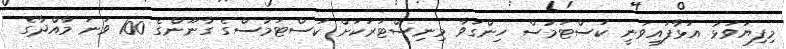
މިފިޔަވަޅު އަޅާފައިވަނީ ކަސްޓަމުސް ހިންގަވާ މިނިސްޓަރަކަށް ކަސްޓަމުސްގެ ގާނޫންގެ 100 ވަނަ މާއްދާގެ